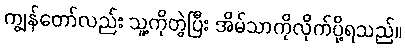
ကျွန်တော်လည်း သူ့ကိုတွဲပြီး အိမ်သာကိုလိုက်ပို့ရသည်။